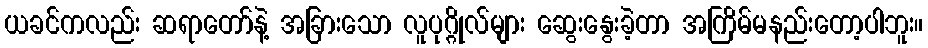
ယခင်ကလည်း ဆရာတော်နဲ့ အခြားသော လူပုဂ္ဂိုလ်များ ဆွေးနွေးခဲ့တာ အကြိမ်မနည်းတော့ပါဘူး။